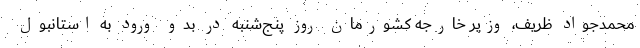
محمدجواد ظریف، وزیر خارجه کشورمان روز پنج‌شنبه در بدو ورود به استانبول